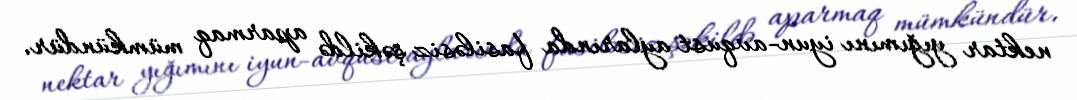
nektar yığımını iyun-avqust aylarında fasiləsiz şəkildə aparmaq mümkündür.